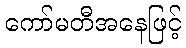
ကော်မတီအနေဖြင့်